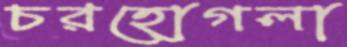
চরহোগলা